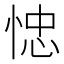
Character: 㥙